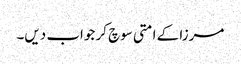
مرزا کے امتی سوچ کر جواب دیں۔